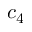
c _ { 4 }